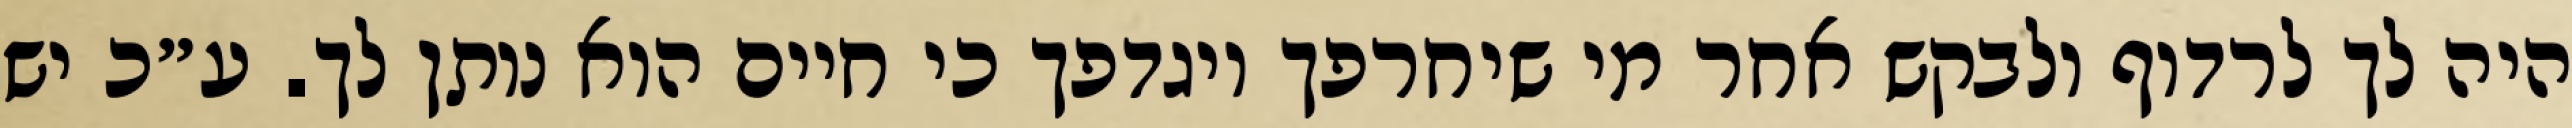
היה לך לרדוף ולבקש אחר מי שיחרפך ויגדפך כי חיים הוא נותן לך. ע״כ יש